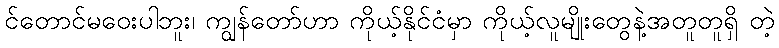
င်တောင်မဝေးပါဘူး၊ ကျွန်တော်ဟာ ကိုယ့်နိုင်ငံမှာ ကိုယ့်လူမျိုးတွေနဲ့အတူတူရှိ တဲ့